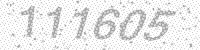
Solution: 111605